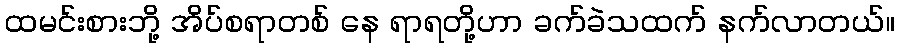
ထမင်းစားဘို့ အိပ်စရာတစ် နေ ရာရတို့ဟာ ခက်ခဲသထက် နက်လာတယ်။